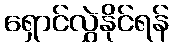
ရှောင်လွှဲနိုင်ရန်